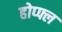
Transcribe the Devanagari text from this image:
होप्फ्ल